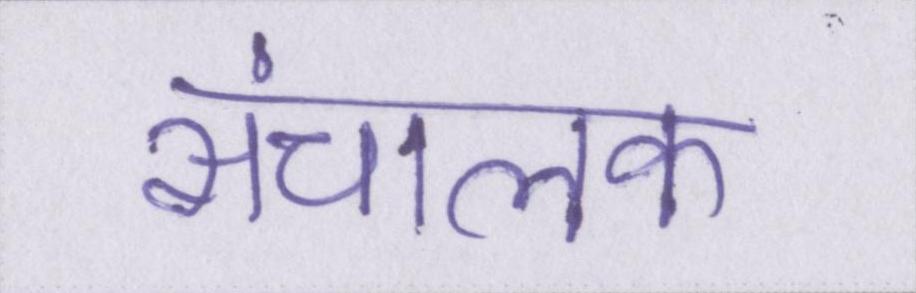
संचालक